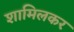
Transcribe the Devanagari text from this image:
शामिलकर